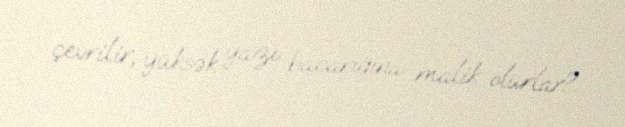
çevrilir, yüksək yazı bacarığına malik olurlar?.